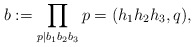
\begin{align*} b :=\prod_{p\mid b_1b_2b_3}p= (h_1h_2h_3,q),\end{align*}